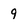
Character: 9